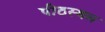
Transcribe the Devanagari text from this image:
पीठस्थल